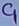
Text: C1